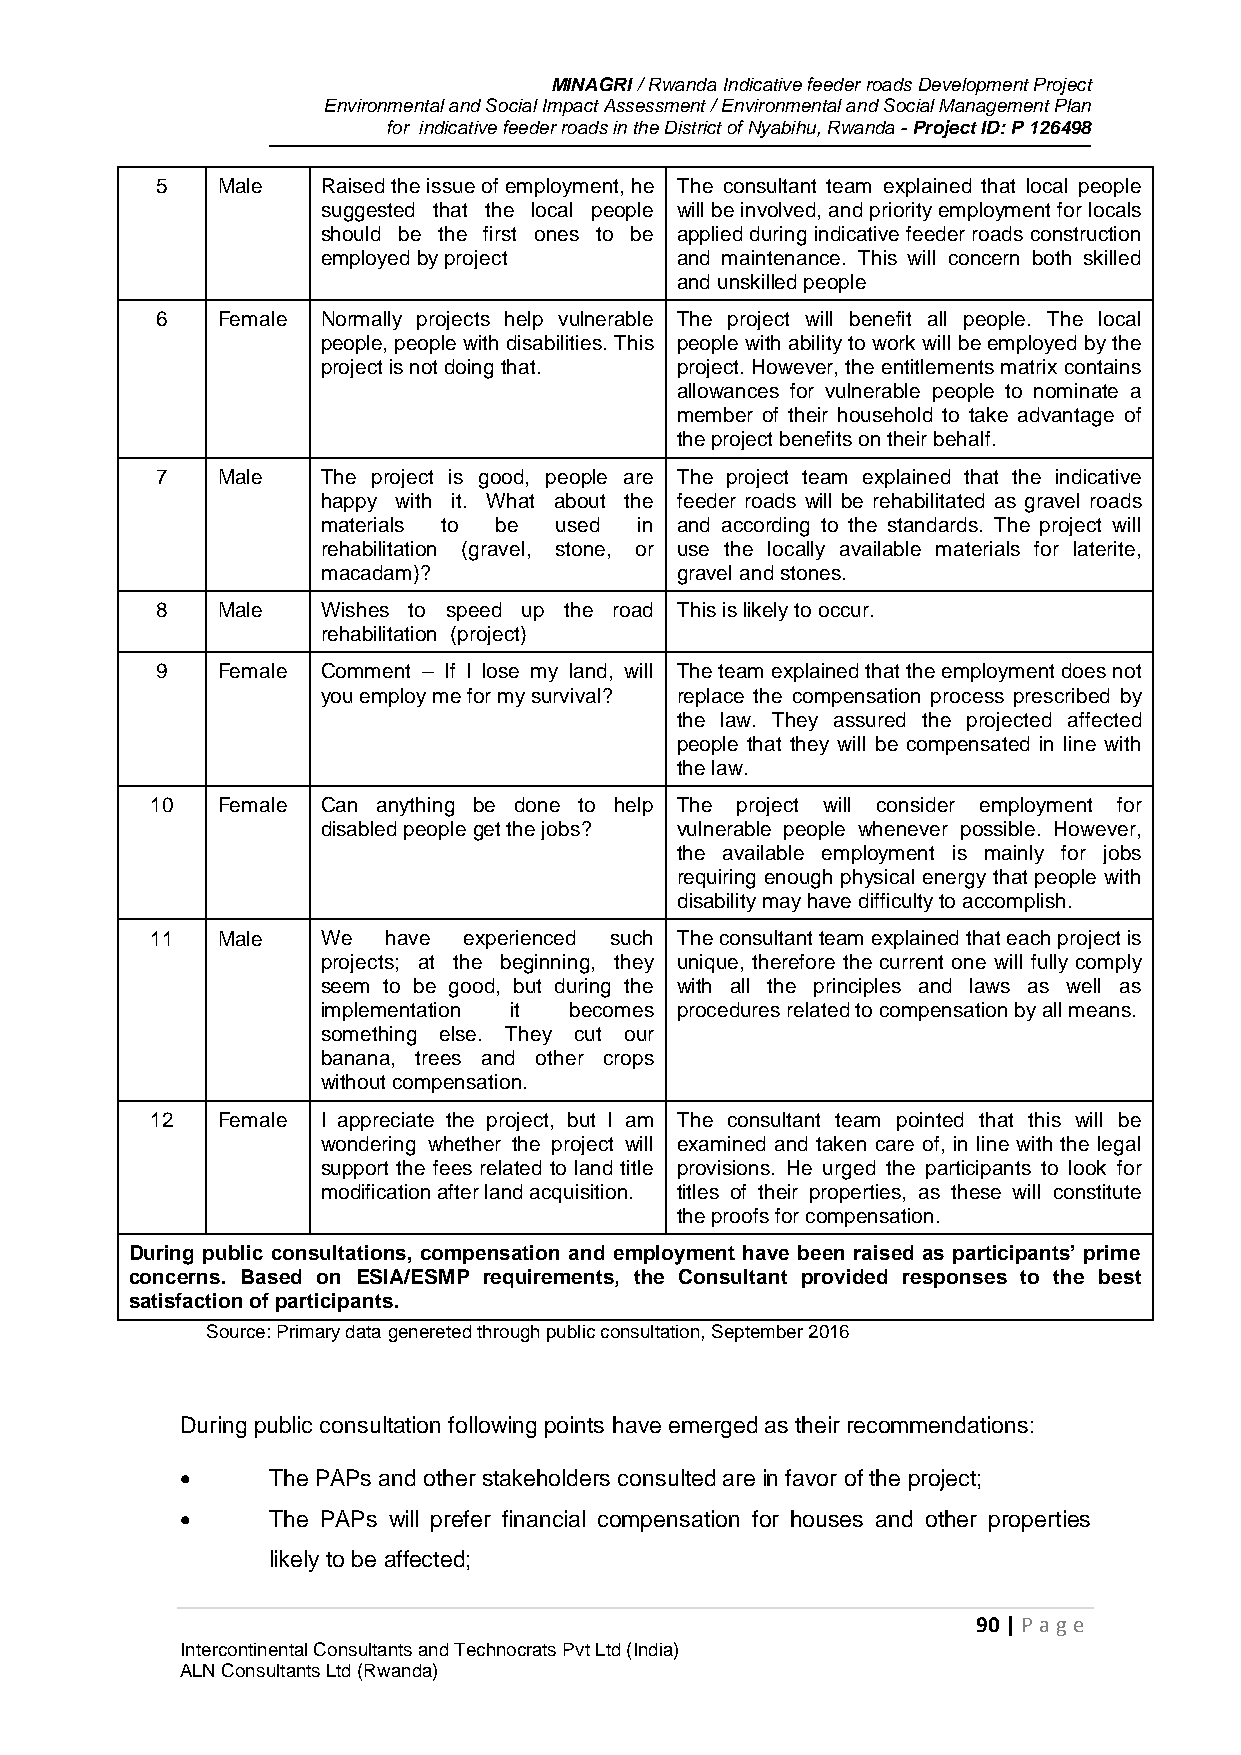
MINAGRI / Rwanda Indicative feeder roads Development Project
 Environmental and Social Impact Assessment / Environmental and Social Management Plan
 for indicative feeder roads in the District of Nyabihu, Rwanda - Project ID: P 126498
 5   Male   Raised the issue of employment, he The consultant team explained that local people
 suggested that the local people will be involved, and priority employment for locals
 should be the first ones to be applied during indicative feeder roads construction
 employed by project     and maintenance. This will concern both skilled
 and unskilled people
 6   Female Normally projects help vulnerable The project will benefit all people. The local
 people, people with disabilities. This people with ability to work will be employed by the
 project is not doing that. project. However, the entitlements matrix contains
 allowances for vulnerable people to nominate a
 member of their household to take advantage of
 the project benefits on their behalf.
 7   Male   The project is good, people are The project team explained that the indicative
 happy with it. What about the feeder roads will be rehabilitated as gravel roads
 materials to be used in and according to the standards. The project will
 rehabilitation (gravel, stone, or use the locally available materials for laterite,
 macadam)?               gravel and stones.
 8   Male   Wishes to speed up the road This is likely to occur.
 rehabilitation (project)
 9   Female Comment – If I lose my land, will The team explained that the employment does not
 you employ me for my survival? replace the compensation process prescribed by
 the law. They assured the projected affected
 people that they will be compensated in line with
 the law.
 10  Female Can anything be done to help The project will consider employment for
 disabled people get the jobs? vulnerable people whenever possible. However,
 the available employment is mainly for jobs
 requiring enough physical energy that people with
 disability may have difficulty to accomplish.
 11  Male   We   have experienced such The consultant team explained that each project is
 projects; at the beginning, they unique, therefore the current one will fully comply
 seem to be good, but during the with all the principles and laws as well as
 implementation it becomes procedures related to compensation by all means.
 something else. They cut our
 banana, trees and other crops
 without compensation.
 12  Female I appreciate the project, but I am The consultant team pointed that this will be
 wondering whether the project will examined and taken care of, in line with the legal
 support the fees related to land title provisions. He urged the participants to look for
 modification after land acquisition. titles of their properties, as these will constitute
 the proofs for compensation.
 During public consultations, compensation and employment have been raised as participants’ prime
 concerns. Based on ESIA/ESMP requirements, the Consultant provided responses to the best
 satisfaction of participants.
 Source: Primary data genereted through public consultation, September 2016
 During public consultation following points have emerged as their recommendations:
      The PAPs and other stakeholders consulted are in favor of the project;
      The PAPs will prefer financial compensation for houses and other properties
 likely to be affected;
 90 | P age
 Intercontinental Consultants and Technocrats Pvt Ltd (India)
 ALN Consultants Ltd (Rwanda)